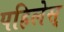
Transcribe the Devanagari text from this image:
पहिलेस्